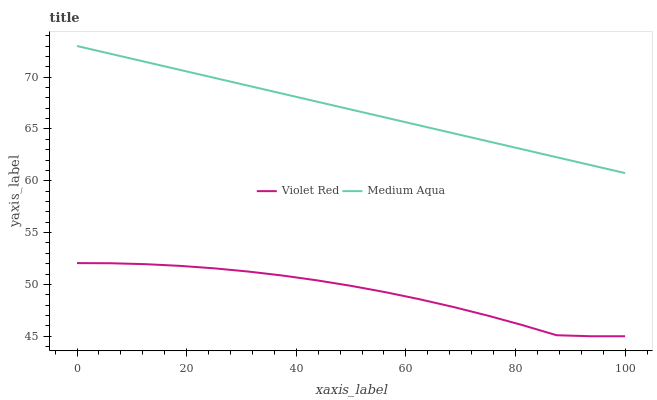
| xaxis_label | Violet Red | Medium Aqua |
 | --- | --- | --- |
 | 0 | 52.1 | 73 |
 | 6.25 | 52 | 72.2 |
 | 12.5 | 52 | 71.5 |
 | 18.8 | 51.8 | 70.7 |
 | 25 | 51.6 | 69.9 |
 | 31.2 | 51.2 | 69.2 |
 | 37.5 | 50.9 | 68.4 |
 | 43.8 | 50.4 | 67.6 |
 | 50 | 49.9 | 66.9 |
 | 56.2 | 49.3 | 66.1 |
 | 62.5 | 48.6 | 65.3 |
 | 68.8 | 47.8 | 64.6 |
 | 75 | 47 | 63.8 |
 | 81.2 | 46.1 | 63 |
 | 87.5 | 45.1 | 62.3 |
 | 93.8 | 45 | 61.5 |
 | 100 | 45 | 60.7 |